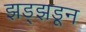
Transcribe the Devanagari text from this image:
झड्झडून